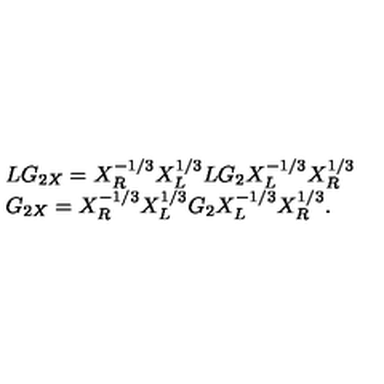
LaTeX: \begin{array} { l } { L G _ { 2 X } = X _ { R } ^ { - 1 / 3 } X _ { L } ^ { 1 / 3 } L G _ { 2 } X _ { L } ^ { - 1 / 3 } X _ { R } ^ { 1 / 3 } } \\ { G _ { 2 X } = X _ { R } ^ { - 1 / 3 } X _ { L } ^ { 1 / 3 } G _ { 2 } X _ { L } ^ { - 1 / 3 } X _ { R } ^ { 1 / 3 } . } \\ \end{array}